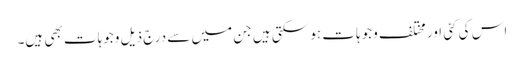
اس کی کئی اور مختلف وجوہات ہو سکتی ہیں جن میں سے درج ذیل وجوہات بھی ہیں۔